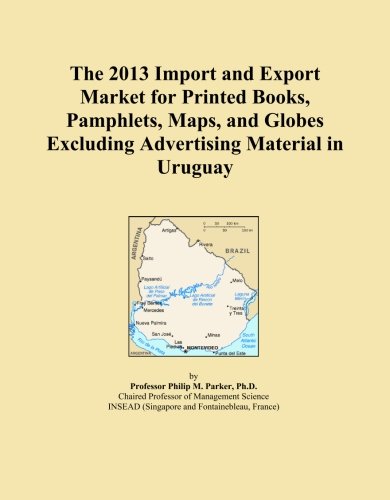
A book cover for The 2013 Import and Export Market for Printed Books, Pamphlets, Maps, and Globes Excluding Advertising Material in Uruguay; Icon Group International; Travel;